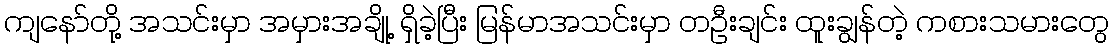
ကျနော်တို့ အသင်းမှာ အမှားအချို့ ရှိခဲ့ပြီး မြန်မာအသင်းမှာ တဦးချင်း ထူးချွန်တဲ့ ကစားသမားတွေ